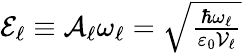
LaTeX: \begin{array}{r}{\mathcal{E}_{\ell}\equiv\mathcal{A}_{\ell}\omega_{\ell}=\sqrt{\frac{\hbar\omega_{\ell}}{\varepsilon_{0}\mathcal{V}_{\ell}}}}\end{array}